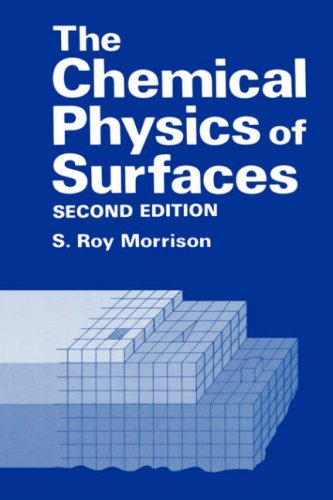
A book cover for The Chemical Physics of Surfaces; S.R. Morrison; Science & Math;